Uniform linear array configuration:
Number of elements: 12
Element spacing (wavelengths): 1
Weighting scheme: cosine
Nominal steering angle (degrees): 30
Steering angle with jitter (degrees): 30.341
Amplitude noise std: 0.05
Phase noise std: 0.05

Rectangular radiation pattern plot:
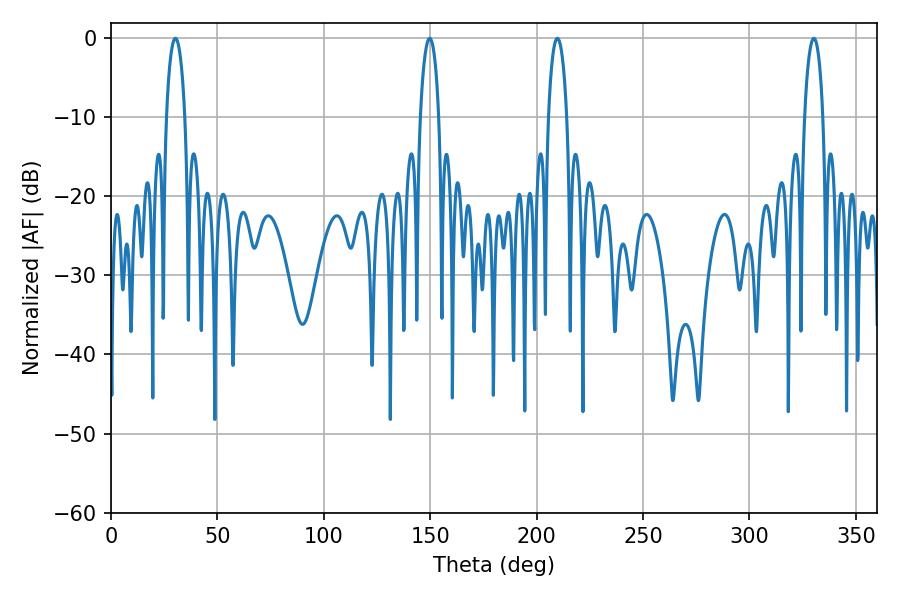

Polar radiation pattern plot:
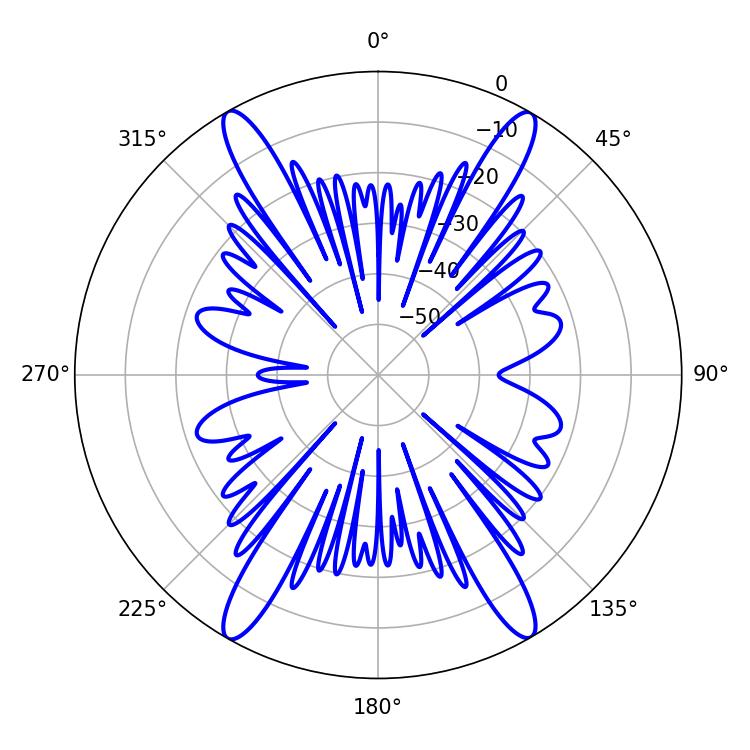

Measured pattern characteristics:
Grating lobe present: TRUE
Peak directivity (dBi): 28.14
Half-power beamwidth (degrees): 4.86
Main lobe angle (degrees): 30.24